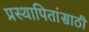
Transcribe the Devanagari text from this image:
प्रस्थापितांसाठी